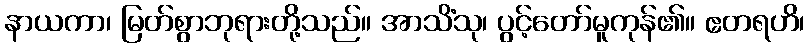
နာယကာ၊ မြတ်စွာဘုရားတို့သည်။ အာသိံသု၊ ပွင့်တော်မူကုန်၏။ ဧတရဟိ၊